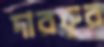
দারফুর